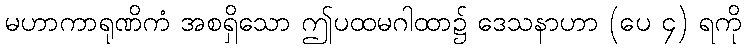
မဟာကာရုဏိကံ အစရှိသော ဤပထမဂါထာ၌ ဒေသနာဟာ (ပေ ၄) ရကို